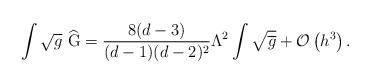
LaTeX: \begin{align*}\int \sqrt{g}\ \widehat{{\rm G}}=\frac{8(d-3)}{(d-1)(d-2)^{2}}\Lambda^{2}\int \sqrt{\overline{g}}+{\cal O}\left( h^{3}\right) . \end{align*}